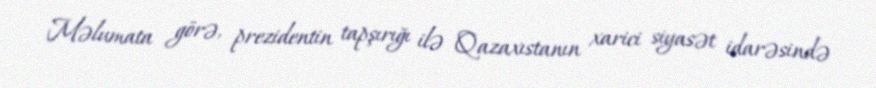
Məlumata görə, prezidentin tapşırığı ilə Qazaxıstanın xarici siyasət idarəsində